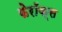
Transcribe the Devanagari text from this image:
फेरॉक्स